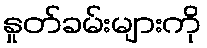
နှုတ်ခမ်းများကို